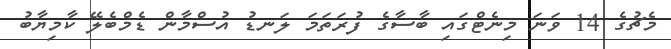
މެޗުގެ 14 ވަނަ މިނެޓްގައި ބާސާގެ ފުރަތަމަ ލަނޑު އުސްމާން ޑެމްބެލޭ ކާމިޔާބު